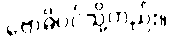
ဗောဓိပင်သို့တည်း။